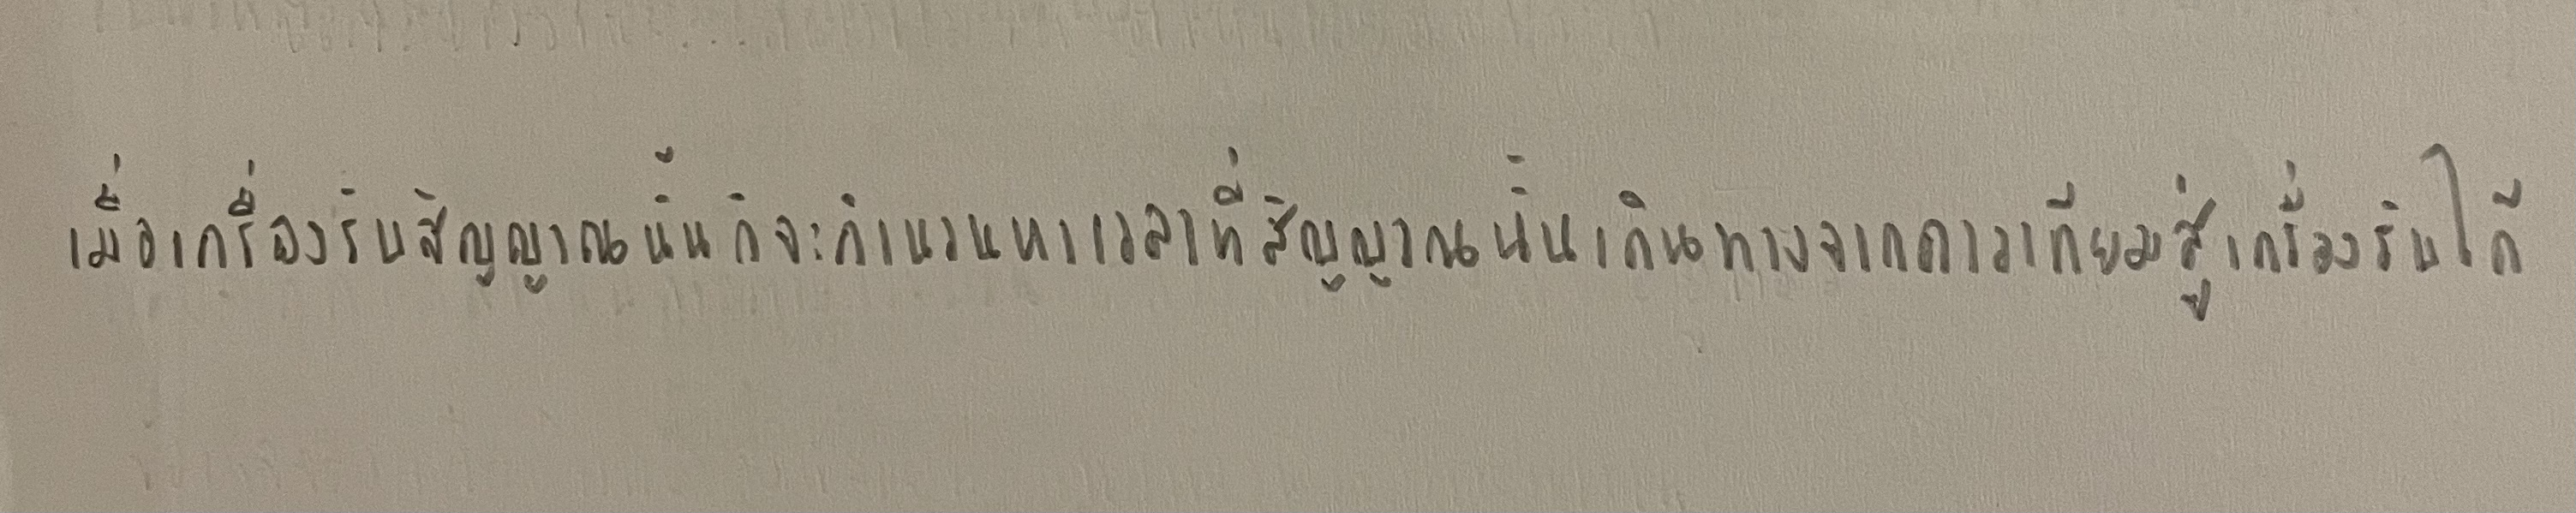
เมื่อเครื่องรับสัญญาณนั้นก็จะคำนวณหาเวลาที่สัญญาณนั้นเดินทางจากดาวเทียมสู่เครื่องรับได้